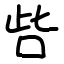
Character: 呰